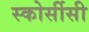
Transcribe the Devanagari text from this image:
स्कोर्सीसी